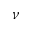
\nu